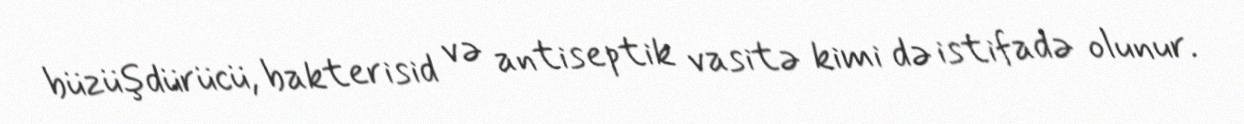
büzüşdürücü, bakterisid və antiseptik vasitə kimi də istifadə olunur.